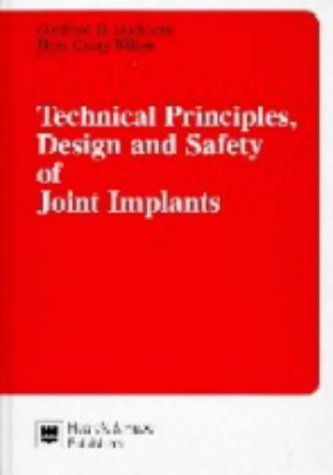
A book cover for Technical Principles, Design and Safety of Joint Implants; Gottfried Buchhorn; Medical Books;